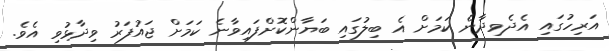
އަރިހުގައި އެދެވިދާނެ ކަމަށް އެ ބިލުގައި ބަޔާންކޮށްފައިވާނެ ކަމަށް ޖައުފަރު ވިދާޅުވި އެވެ.